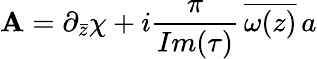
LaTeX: \mathbf{A}=\partial_{\bar{{z}}}\chi+i{\frac{{\pi}}{{Im(\tau)}}}\, \overline{{{{\omega(z)}}}}\, a